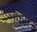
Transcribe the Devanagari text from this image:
भीहोता